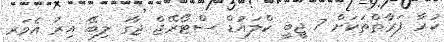
ކުރާ ފަރާތްތަކަށް 7 ޖީބީ ކްލައުޑް ސްޓޯރޭޖް ޖާގަ ލިބޭ އިރު އެވަރ